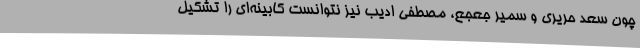
چون سعد حریری و سمیر جعجع، مصطفی ادیب نیز نتوانست کابینه‌ای را تشکیل